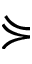
\curlyeqsucc